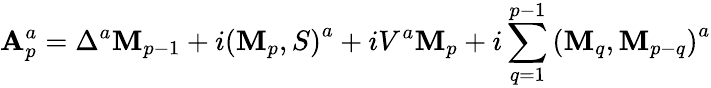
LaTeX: {\cal\mathbf{A}}_{p}^{a}=\Delta^{a}\mathbf{M}_{p-1}+i\left(\mathbf{M}_{p},S\right)^{a}+iV^{a}\mathbf{M}_{p}+i\sum_{q=1}^{p-1}\left(\mathbf{M}_{q},\mathbf{M}_{p-q}\right)^{a}